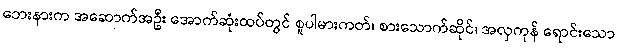
ဘေးနားက အဆောက်အဦး အောက်ဆုံးထပ်တွင် စူပါမားကတ်၊ စားသောက်ဆိုင်၊ အလှကုန် ရောင်းသော